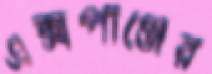
এক্সপাঞ্জের